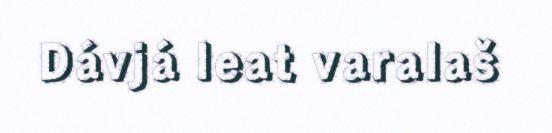
Dávjá leat varalaš